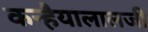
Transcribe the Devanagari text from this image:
कन्हैयालालजी